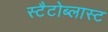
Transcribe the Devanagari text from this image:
स्टैटोब्लास्ट